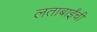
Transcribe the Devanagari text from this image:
लताबाईंची